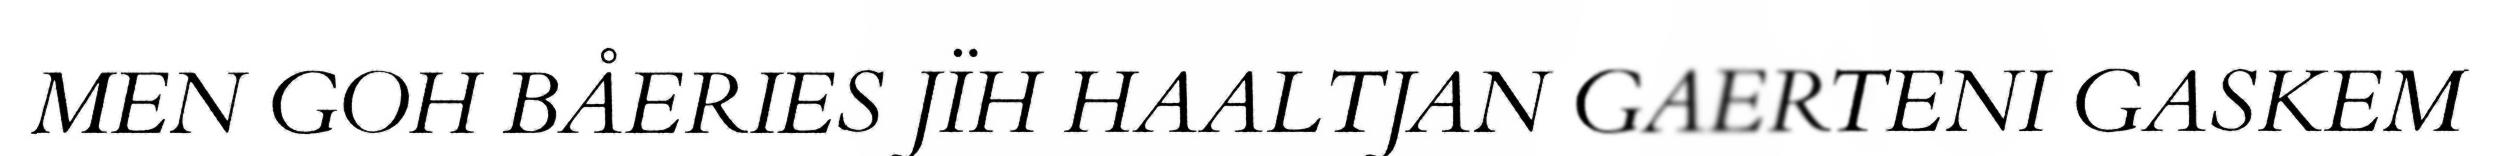
MEN GOH BÅERIES JÏH HAALTJAN GAERTENI GASKEM